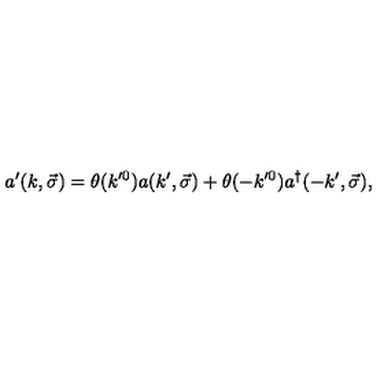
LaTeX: a ^ { \prime } ( k , \vec { \sigma } ) = \theta ( k ^ { \prime 0 } ) a ( k ^ { \prime } , \vec { \sigma } ) + \theta ( - k ^ { \prime 0 } ) a ^ { \dagger } ( - k ^ { \prime } , \vec { \sigma } ) ,